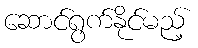
ဆောင်ရွက်နိုင်မည့်